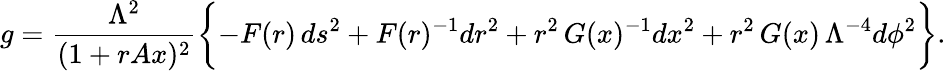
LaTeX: g=\frac{\Lambda^{2}}{(1+rAx)^{2}}\biggl\{ -F(r)\, ds^{2}+F(r)^{-1}dr^{2}+r^{2}\, G(x)^{-1}dx^{2}+r^{2}\, G(x)\, \Lambda^{-4}d\phi^{2}\biggr\} .